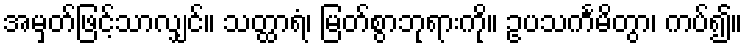
အမှတ်ဖြင့်သာလျှင်။ သတ္ထာရံ၊ မြတ်စွာဘုရားကို။ ဥပသင်္ကမိတွာ၊ ကပ်၍။